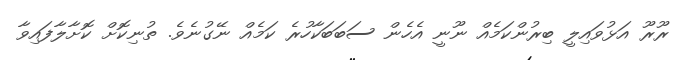
ރޫރޫ އަޅުވައިލީ ބިރުންކަމެއް ނޫނީ އެހެން ސަބަބަކާހުރެ ކަމެއް ނޭގުނެވެ. ތުނިކޮށް ކޮށާލާފައިވާ